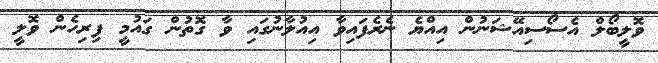
ވޮލީބޯލް އެސޯސިއޭޝަނުން އިއްޔެ ނެރެފައިވާ އިއުލާނުގައި ވާ ގޮތުން ގައުމީ ފިރިހެން ވޮލީ